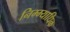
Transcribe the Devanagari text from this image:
निम्म्याधिक